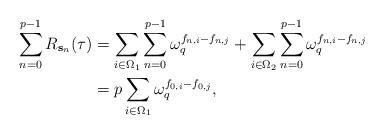
LaTeX: \begin{align*}\sum_{n=0}^{p-1} R_{\mathbf{s}_{n}}(\tau)& = \sum_{i\in \Omega_{1}}\sum_{n=0}^{p-1} \omega_{q}^{f_{n,i}-f_{n,j}} + \sum_{i\in \Omega_{2}}\sum_{n=0}^{p-1} \omega_{q}^{f_{n,i}-f_{n,j}}\\&=p\sum_{i\in \Omega_{1}}\omega_{q}^{f_{0,i}-f_{0,j}},\end{align*}